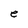
Character: e